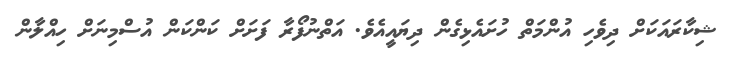
ޝިކާރައަކަށް ދިވެހި އުންމަތް ހުށައެޅިގެން ދިޔައީއެވެ. އަތްނުފޯރާ ފަށަށް ކަންކަން އުސްމިނަށް ހިއްލާން